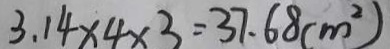
3 . 1 4 \times 4 \times 3 = 3 7 . 6 8 ( m ^ { 2 } )